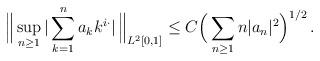
LaTeX: \begin{align*}\Big\| \sup_{n\ge 1}|\sum_{k=1}^n a_k k^{i\cdot }|\, \Big\|_{L^2[0,1]}\le C \Big(\sum_{n\ge 1}n|a_n|^2\Big)^{1/2}\, .\end{align*}